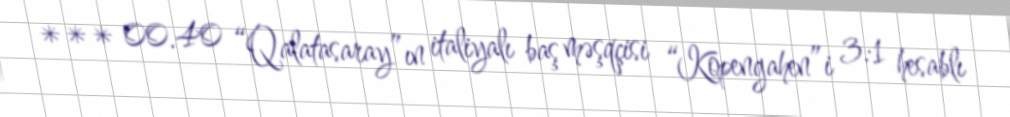
*** 00.40 “Qalatasaray”ın italiyalı baş məşqçisi “Kopengahen”i 3:1 hesablı